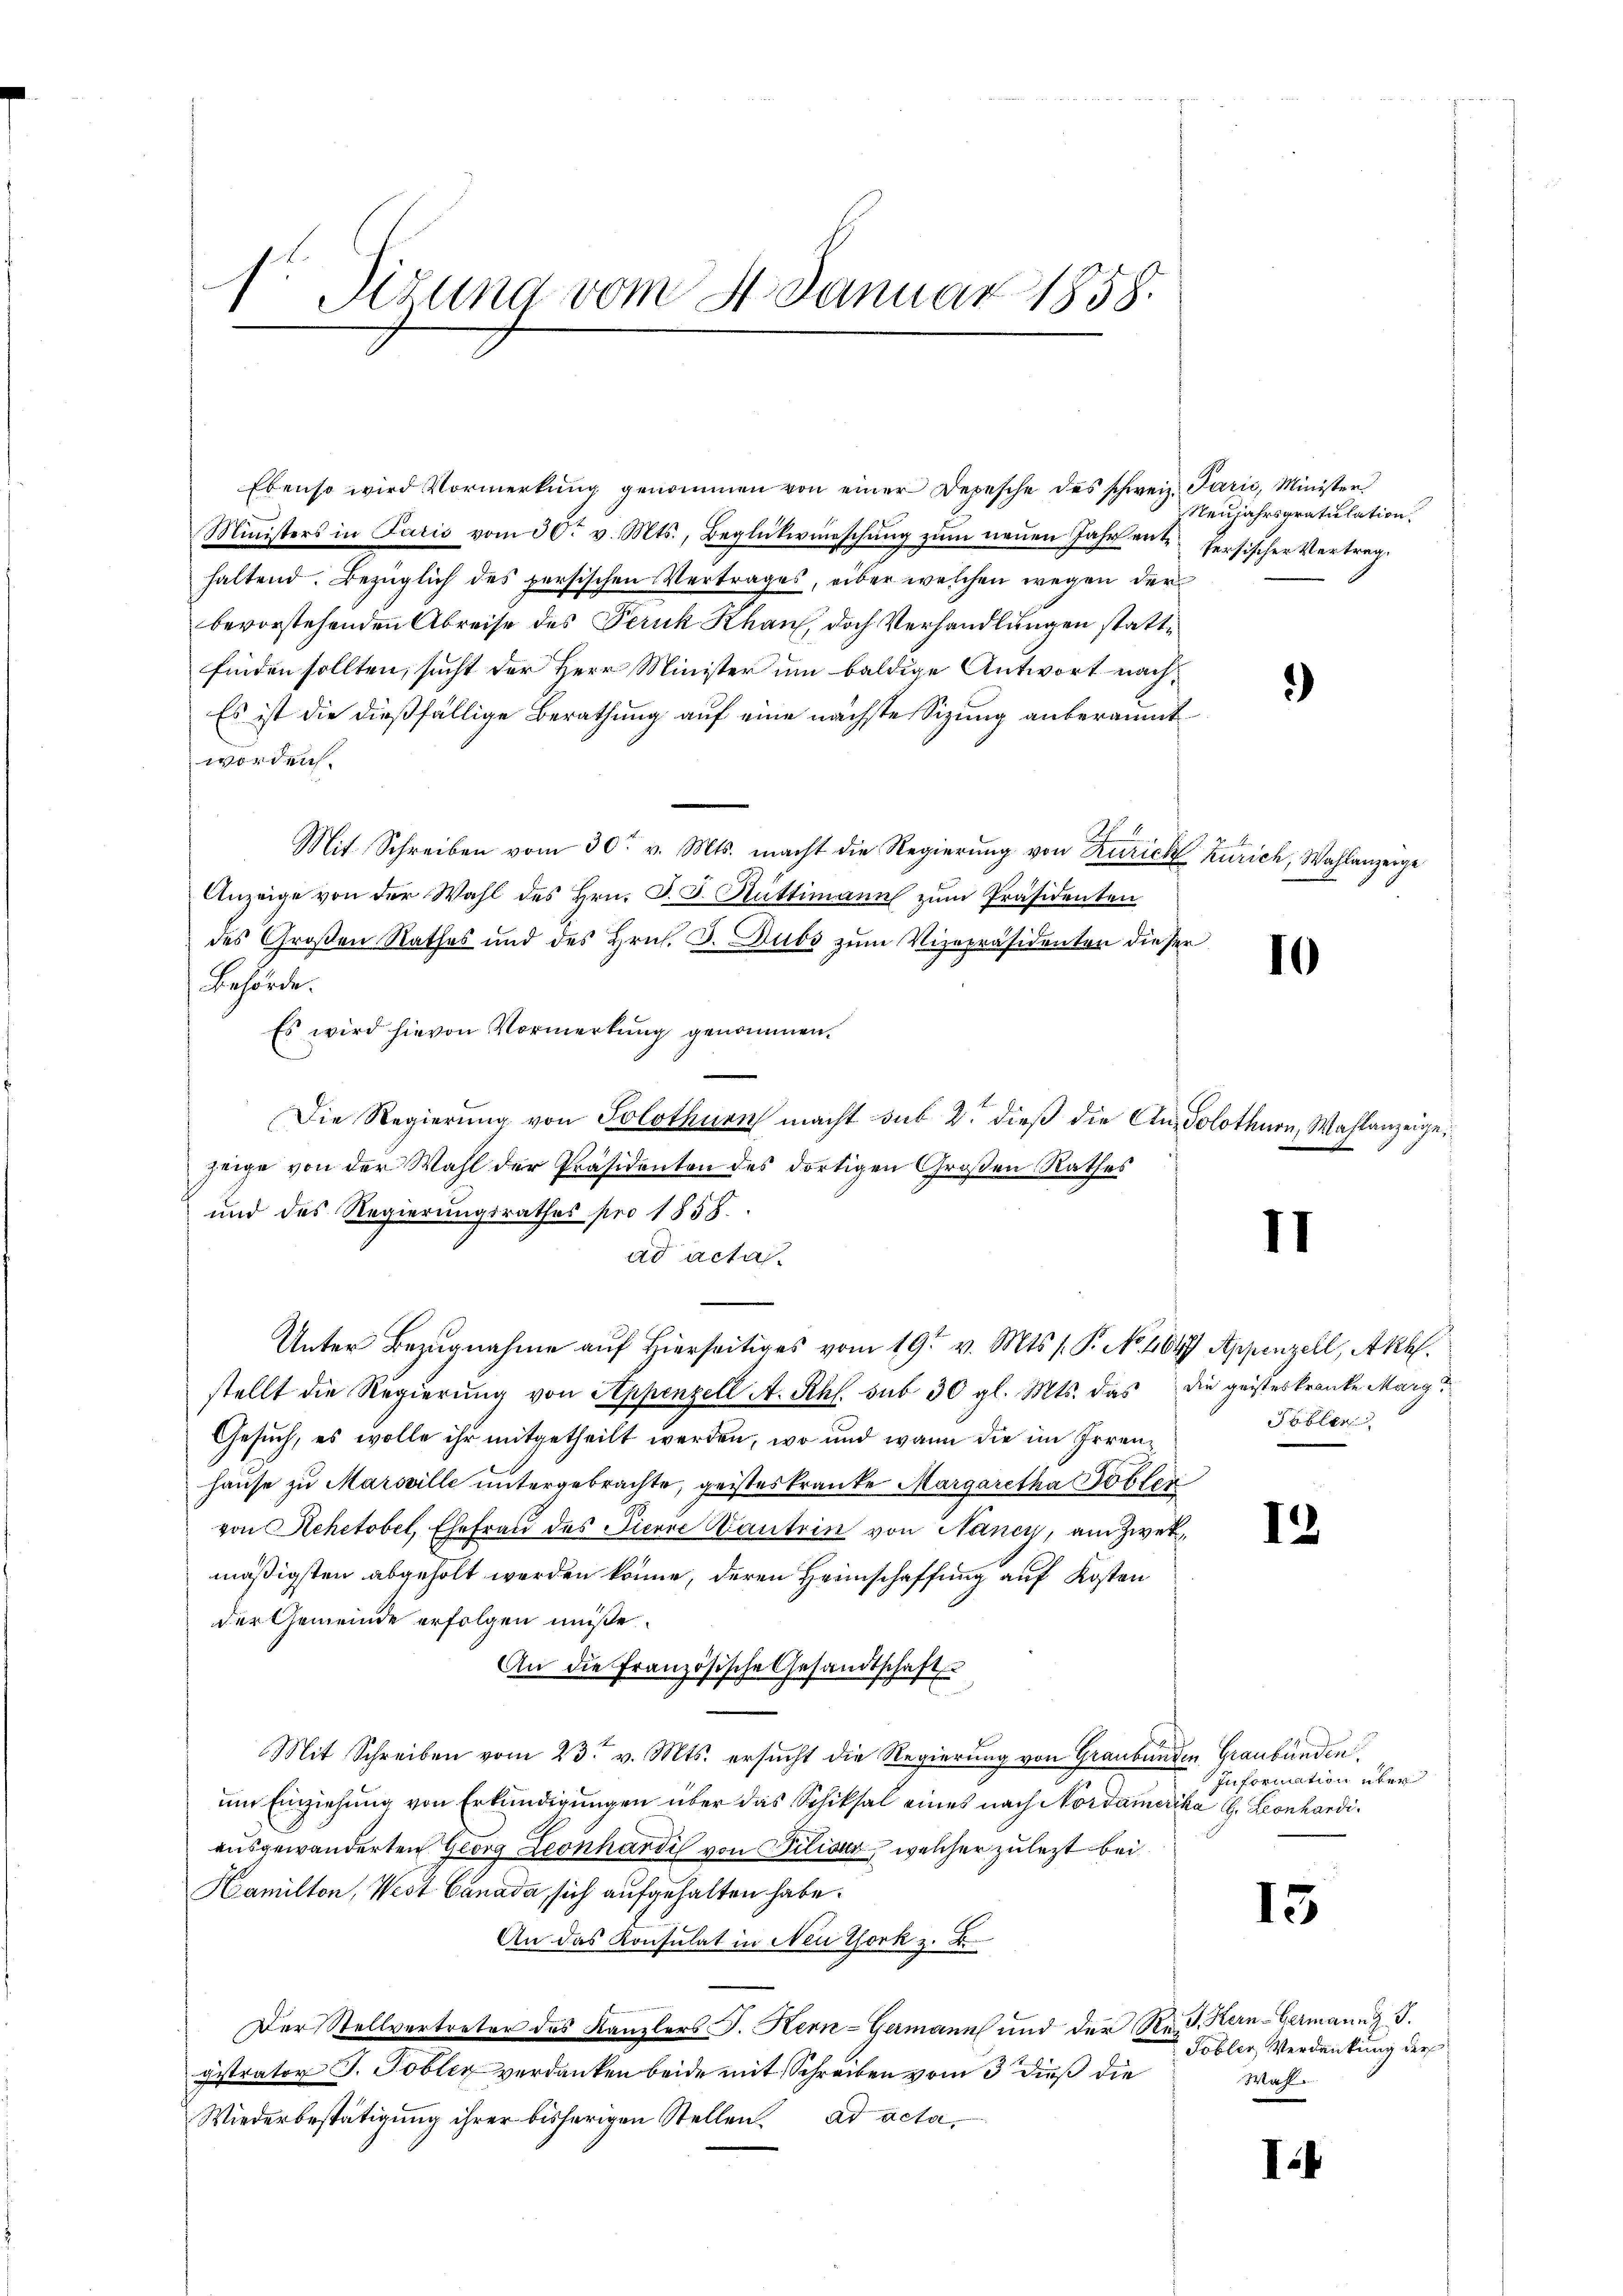
sr Situng vom 4. Januar 1858.

Ebenso wird Vormerkung genommen von einer Depesche des schweiz. Parić, Minister
Ministers in Paris vom 30. v. Mts., Beglükwünschung zum neuen Jahr ente
haltend. Bezüglich des persischen Vertrages, über welchen wegen der
bevorstehenden Abreise des Peruk Khans, doch Verhandlungen stattfinden sollten, sucht der Herr Minister um baldige Antwort nach¬
Es ist die dießfällige Berathung auf eine nächste Sizung anberaumt
worden.
Mit Schreiben vom 30. v. Mts. macht die Regierung von Zürich Zürich, Wahlanzeige
Anzeige von der Wahl des Hrn. J. J. Rüttimann zum Präsidenten
des Großen Rathes und des Hrn. J. Dubs zum Vizepräsidenten dieser
Behörde.
Es wird hievon Vormerkung genommen.
Die Regierŭng von Solothurn macht sub 2. dieβ die An- Solothurn, Wahlanzeige
zeige von der Wahl der Präsidenten des dortigen Großen Rathes
und des Regierungsrathes pro 1858.
ad acta.
Unter Bezugnahme auf Hierseitiges vom 19. v. Mts. s. P. No. 461 Appenzell, Akt.
stellt die Regierung von Appenzell A. Rthl. sub 30 gl. Mts. das die geisteskranke Marg
Gesuch, es wolle ihr mitgetheilt werden, wo und wann die im Irrenhaŭse zu Marsville untergebrachte, geisteskranke Margaretha Bollen
von Rehetobel, Ehefrau des Pierie Dantein von Nancy, am Zweimäßigsten abgeholt werden könne, deren Heimschaffung auf Kosten
der Gemeinde erfolgen müße.
An die Französische Gesandtschaft
Mit Schreiben vom 23. v. Mts. ersucht die Regierung von Graubünden Graubünden,
um Einziehung von Erkundigungen über das Schiksal eines nach Nordamerika H. Leonhardiausgewanderten Georg Leonhardi von Filianz, welcher zulezt bei
Hamilton, Wert Canada, sich aufgehalten habe.
An das Konsulat in Neu York z. B.
Der Stellvertreter des Kanzlers J. Kern-Germann und der Red. Kern-Germann z. T.
gistrator J. Tobler verdanken beide mit Schreiben vom 3 dieß die
Wiederbestätigung ihrer bisherigen Stellen. ad acta¬

Neujahrsgratulation
Persischer Vertrag.

)

10

II

Päbler

12

Information über

15

I.

Tobler, Verdankung der
Wahl